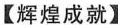
【辉煌成就】